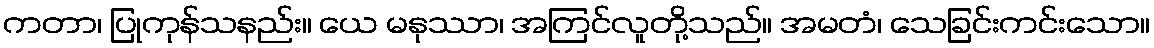
ကတာ၊ ပြုကုန်သနည်း။ ယေ မနုဿာ၊ အကြင်လူတို့သည်။ အမတံ၊ သေခြင်းကင်းသော။